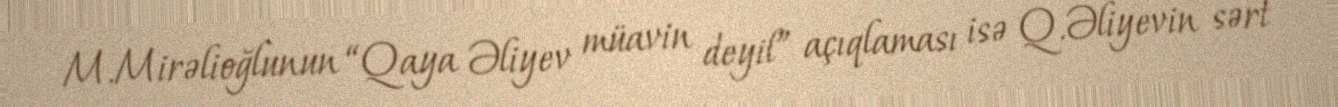
M.Mirəlioğlunun “Qaya Əliyev müavin deyil” açıqlaması isə Q.Əliyevin sərt